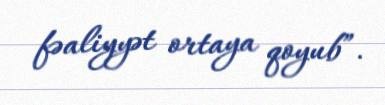
fəaliyyət ortaya qoyub”.